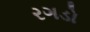
રગડો